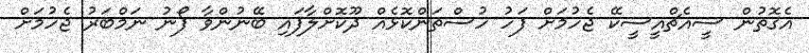
އެގޮތުން ސީއެޗްއީސީކޭ ޖެހުމަށް ފަހު ހުސްތަންކޮޅެއް ދޫކޮށްލާފައި ބޭނުންވާ ފޯނު ނަމްބަރު ޖެހުމަށް